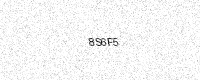
Text: 8S6F5